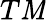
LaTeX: T\mathit{M}